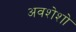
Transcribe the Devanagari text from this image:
अवशेशो